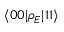
\langle 0 0 | \rho _ { E } | 1 1 \rangle